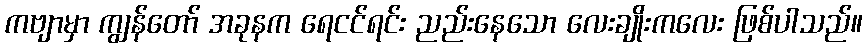
ကဗျာမှာ ကျွန်တော် အခုနက ရေငင်ရင်း ညည်းနေသော လေးချိုးကလေး ဖြစ်ပါသည်။